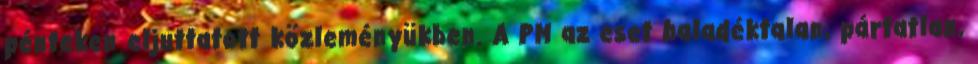
pénteken eljuttatott közleményükben. A PM az eset haladéktalan, pártatlan,